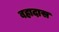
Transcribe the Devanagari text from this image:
बहादास